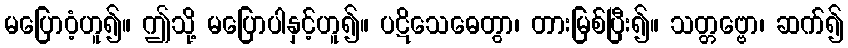
မပြောဝံ့ဟူ၍။ ဤသို့ မပြောပါနှင့်ဟူ၍။ ပဋိသေဓေတွာ၊ တားမြစ်ပြီး၍။ သတ္တဗ္ဗော၊ ဆက်၍